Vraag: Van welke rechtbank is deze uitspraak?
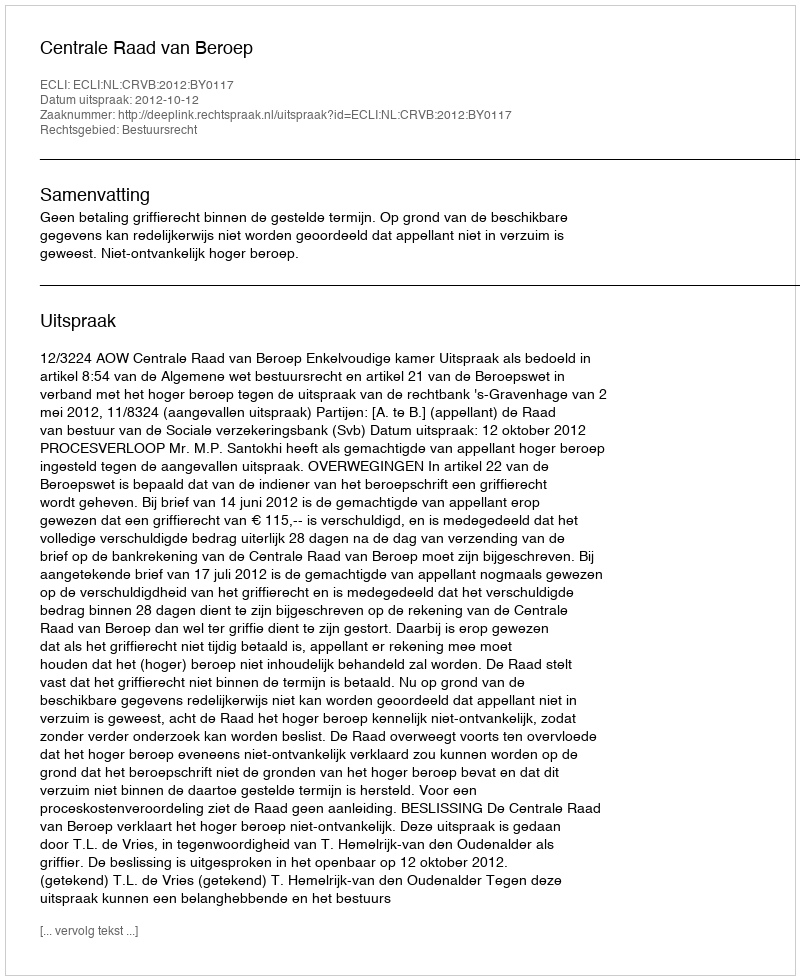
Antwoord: Centrale Raad van Beroep